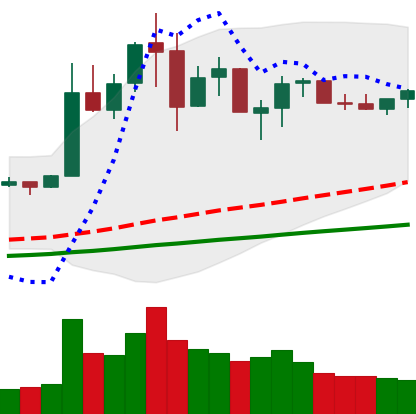
Ticker: NEO-USD
Chart end date: 2019-07-08
Forward return: -19.362%
Label: down_7plus